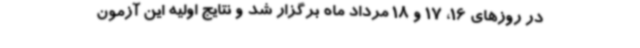
در روزهای 16، 17 و 18 مرداد ماه برگزار شد و نتایج اولیه این آزمون